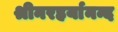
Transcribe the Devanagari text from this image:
श्रीनरहर्यानन्द